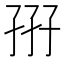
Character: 𡥦